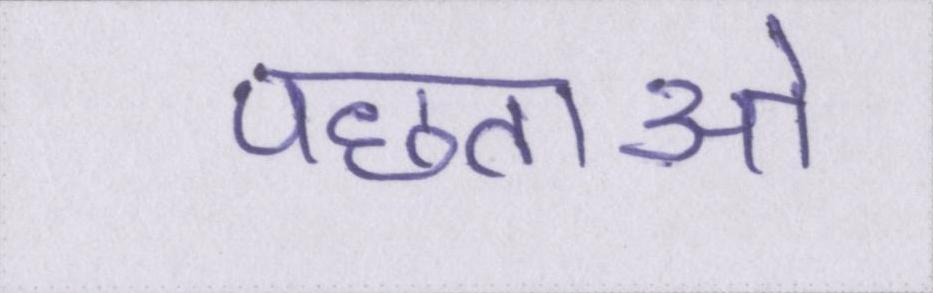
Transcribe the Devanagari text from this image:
पछताओ